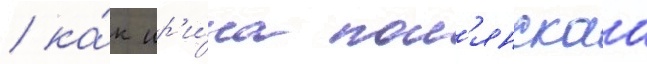
/ ка́к ир'и́на пол'янскаа